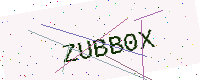
Text: ZUBB0X